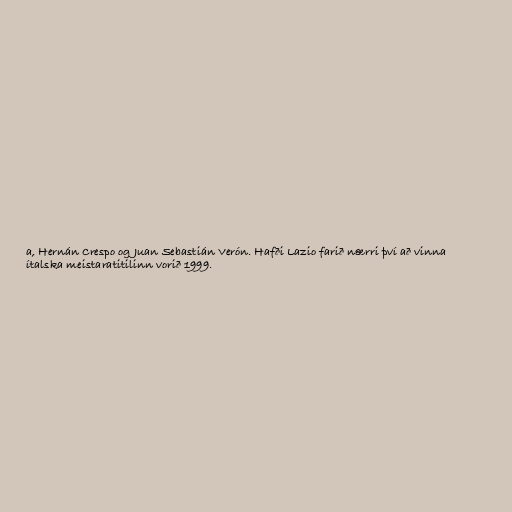
a, Hernán Crespo og Juan Sebastián Verón. Hafði Lazio farið nærri því að vinna
ítalska meistaratitilinn vorið 1999.